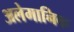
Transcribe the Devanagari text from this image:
अलेमानिक